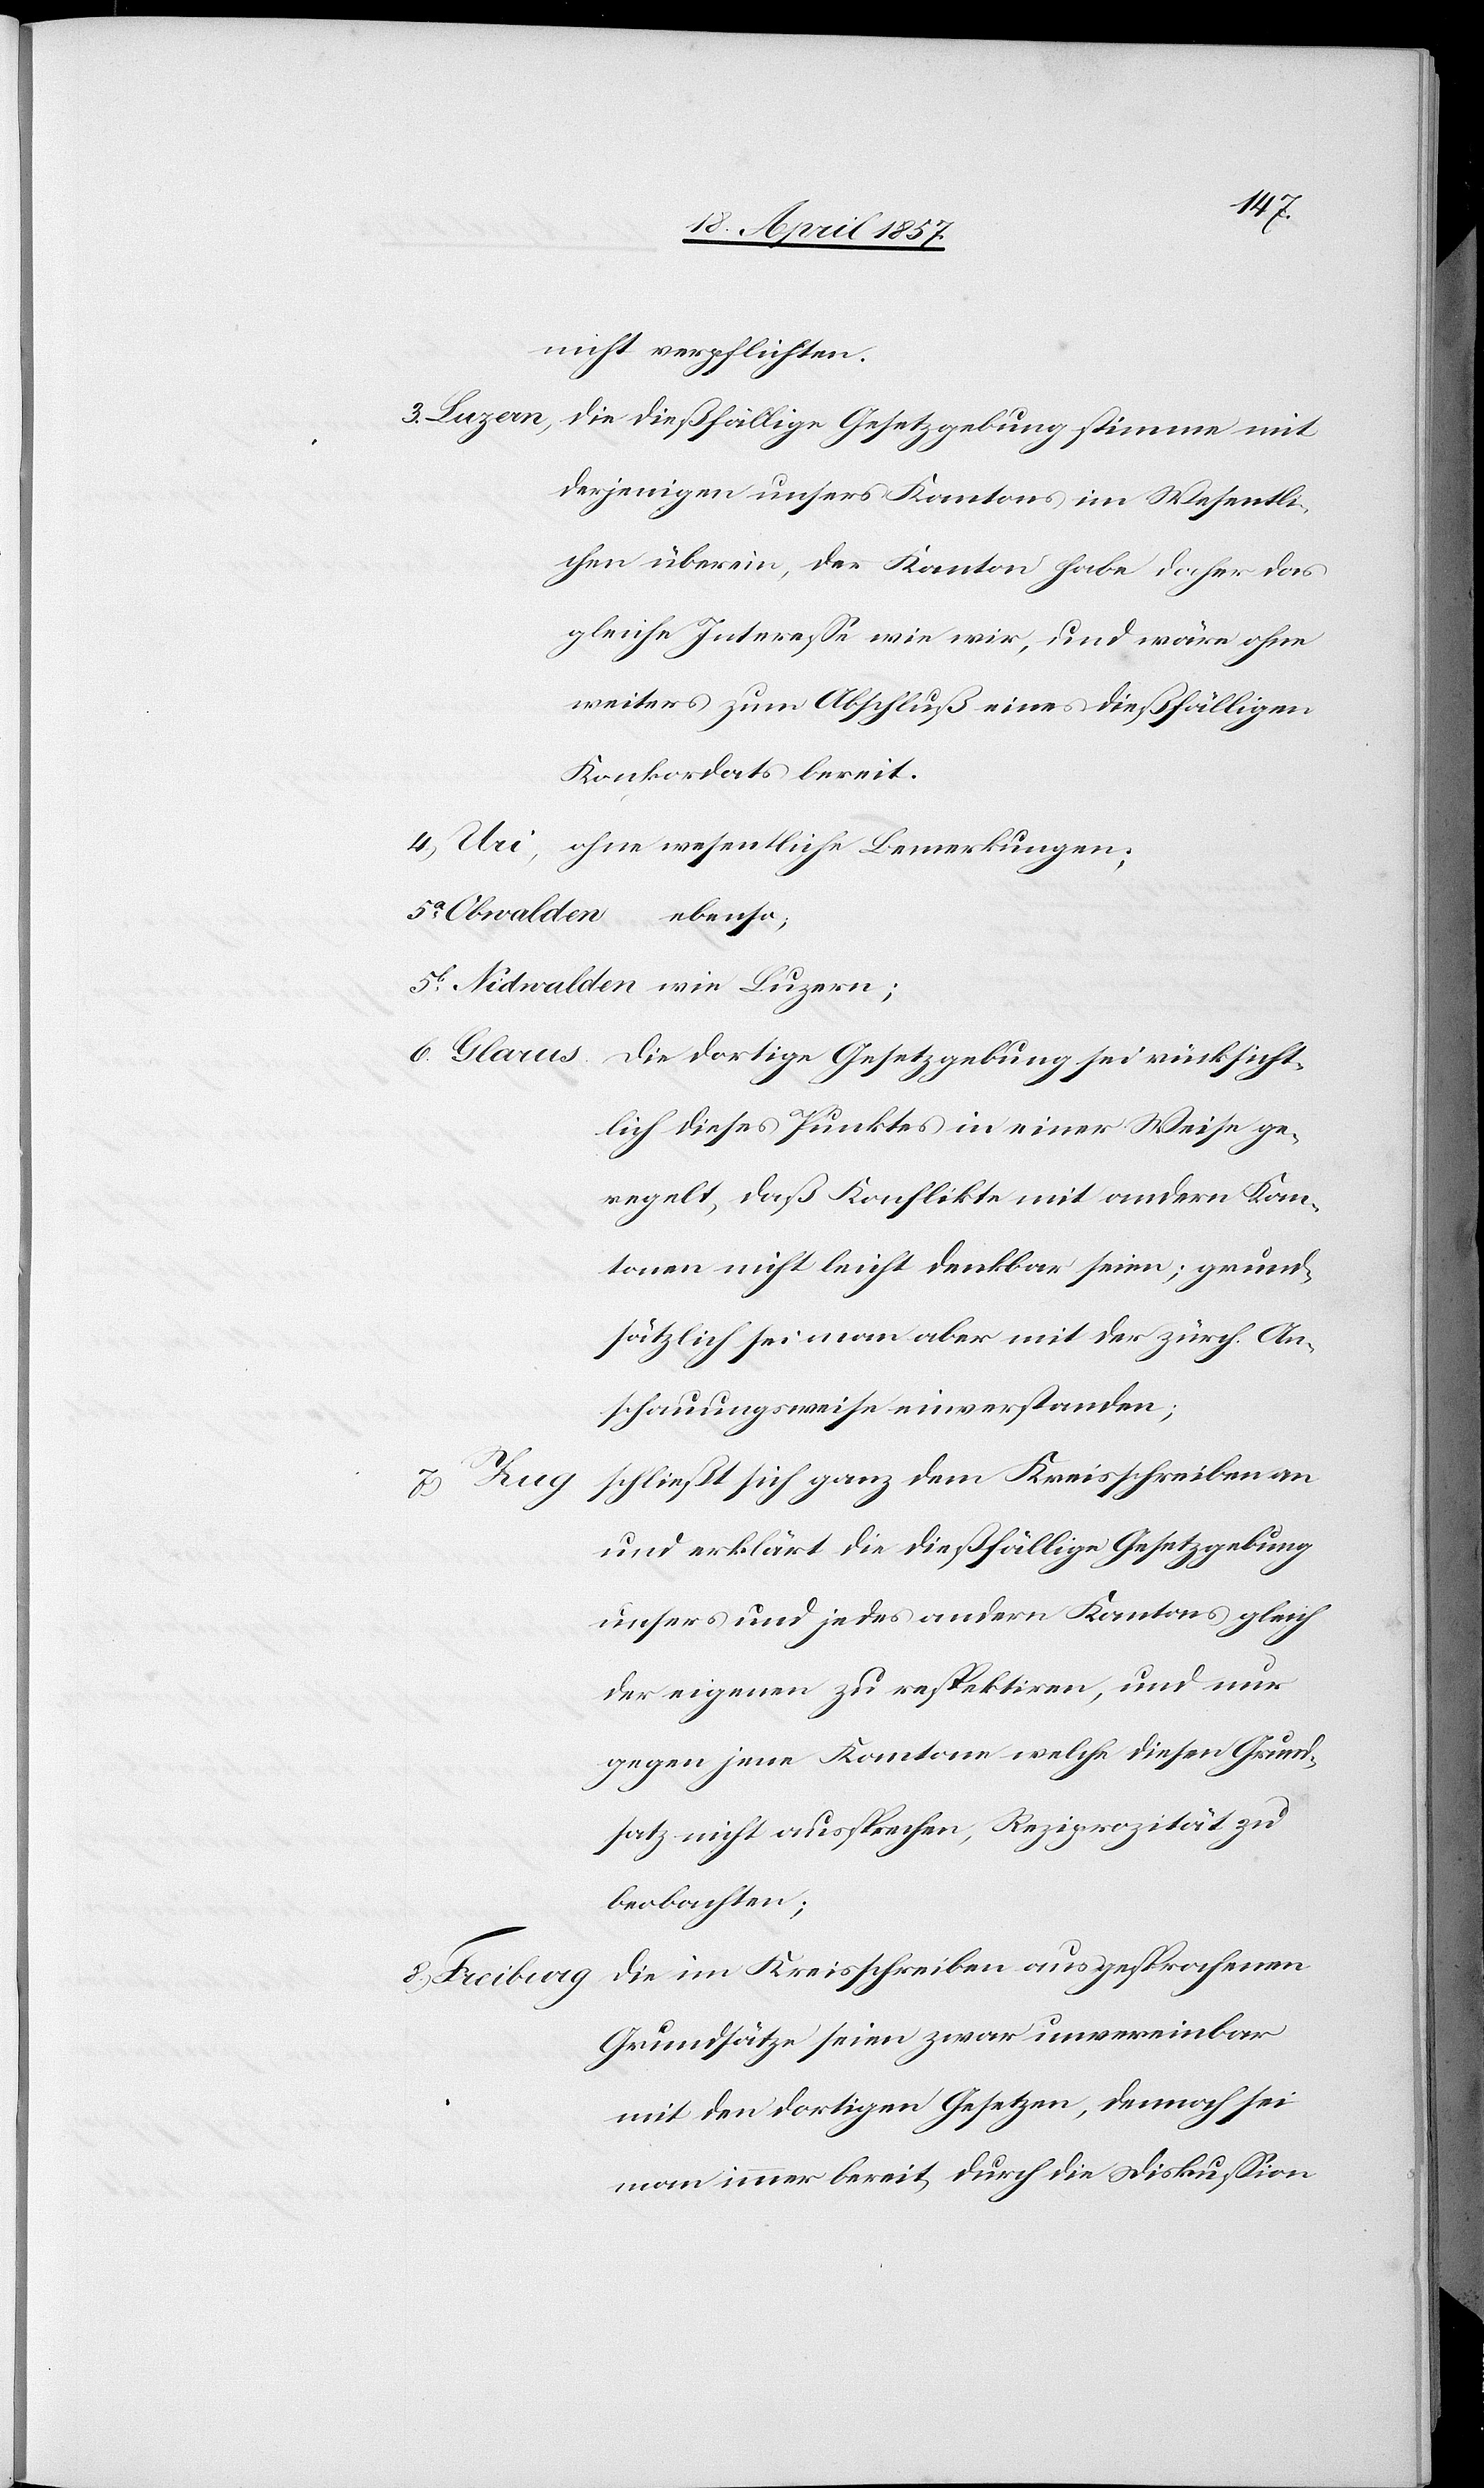
nicht verpflichten.
3. Luzern, die dießfällige Gesetzgebung stimme mit
derjenigen unsers Kantons im Wesentli¬
chen überein, der Kanton habe daher das
gleiche Interesse wie wir, und wäre ohne
weiters zum Abschluß eines dießfälligen
Konkordats bereit.
4. Uri, ohne wesentliche Bemerkungen;
5a. Obwalden
ebenso;
5b. Nidwalden wie Luzern;
6. Glarus. Die dortige Gesetzgebung sei rücksicht¬
lich dieses Punktes in einer Weise ge¬
regelt, daß Konflikte mit andern Kan¬
tonen nicht leicht denkbar seien; grund¬
sätzlich sei man aber mit der zürch. An¬
schauungsweise einverstanden;
schließt sich ganz dem Kreisschreiben an
7. Zug
und erklärt die dießfällige Gesetzgebung
unsers und jedes andern Kantons gleich
der eigenen zu respektiren, und nur
gegen jene Kantone welche diesen Grund¬
satz nicht aussprechen, Reziprozität zu
beobachten;
die im Kreisschreiben ausgesprochenen
Grundsätze seien zwar unvereinbar
mit den dortigen Gesetzen, dennoch sei
man immer bereit, durch die Diskussion